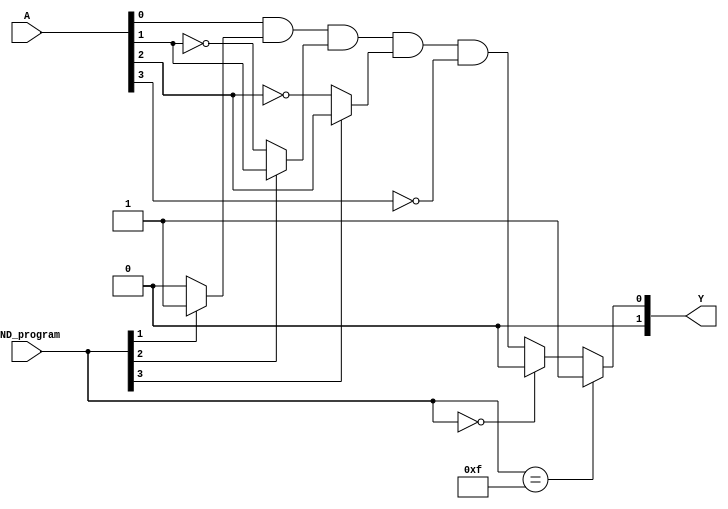
module SPAL (
    input [n-1:0] A,    // Input lines A[0] to A[n-1]
    input [p-1:0] AND_program, // Programmable connections for AND terms (n bits per term)
    output [m-1:0] Y     // Output lines Y[0] to Y[m-1]
);

// Parameters for customization
parameter n = 4; // Number of input lines
parameter p = 4; // Number of product terms in the AND array
parameter m = 2; // Number of output lines

// Intermediate product terms from the AND array
wire [p-1:0] product_terms;

// Programmable AND array
genvar i;
generate
    for (i = 0; i < p; i = i + 1) begin: AND_block
        // Each AND gate is configured using the AND_program signals
        assign product_terms[i] = (AND_program[i*n +: n] == {n{1'b1}}) ? 1'b1 : 
                                   (AND_program[i*n +: n] == {n{1'b0}}) ? 1'b0 : 
                                   (A[0] & (AND_program[i*n + 1] ? 1'b1 : 1'b0) &
                                   (AND_program[i*n + 2] ? A[1] : ~A[1]) &
                                   (AND_program[i*n + 3] ? A[2] : ~A[2]) &
                                   (AND_program[i*n + 4] ? A[3] : ~A[3]));
    end
endgenerate

// Fixed OR array - suppose we want Y[0] to be the result of product_terms[0] and product_terms[1]
// and Y[1] to be the result of product_terms[2] and product_terms[3]
assign Y[0] = product_terms[0] | product_terms[1];
assign Y[1] = product_terms[2] | product_terms[3];

endmodule